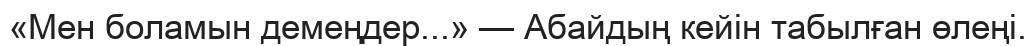
«Мен боламын демеңдер...» — Абайдың кейін табылған өлеңі.